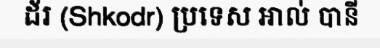
ដ័រ (Shkodr) ប្រទេស អាល់ បានី